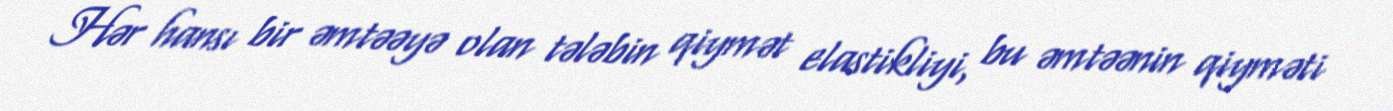
Hər hansı bir əmtəəyə olan tələbin qiymət elastikliyi, bu əmtəənin qiyməti